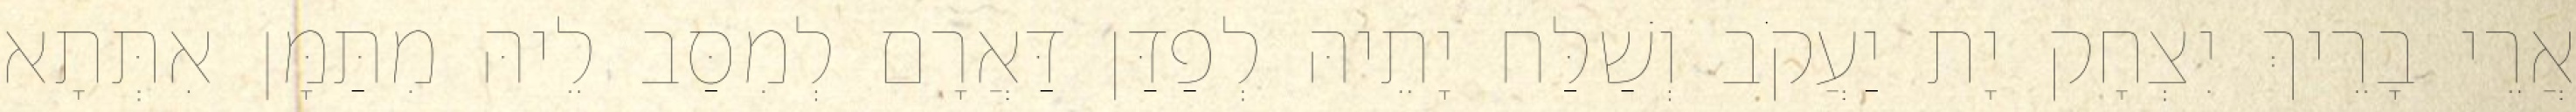
אֲרֵי בָרֵיךְ יִצְחָק יָת יַעֲקֹב וְשַׁלַּח יָתֵיהּ לְפַדַּן דַּאֲרָם לְמִסַּב לֵיהּ מִתַּמָּן אִתְּתָא